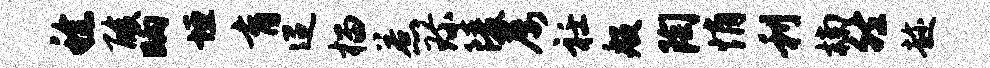
稔酸晌垣育迢榴惹珍陵屡衽般陶悄利楠然趁